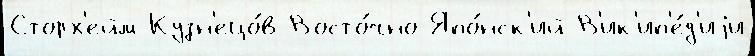
Сторх'ейм Кузн'ецо́в Восто́чно-Япо́нск'ий В'ик'ип'е́д'иjи